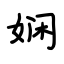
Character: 娴